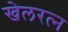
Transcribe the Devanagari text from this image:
खेलरत्‍न